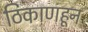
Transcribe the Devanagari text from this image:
ठिकाणहून